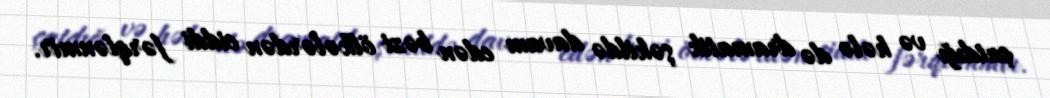
çatdığı və hələ də dramatik şəkildə davam edən bəzi ölkələrdən ciddi fərqlənmir.